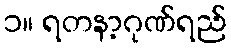
၁။ ရတနာ့ဂုဏ်ရည်